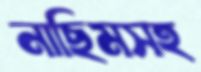
নাছিমসহ